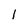
Character: l